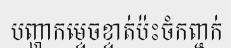
បញ្ហាកម្ទេចខ្ទាត់ប៉ះចំកញ្ចក់